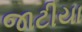
જાટીયા